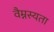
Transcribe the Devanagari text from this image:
वैम्नस्यता